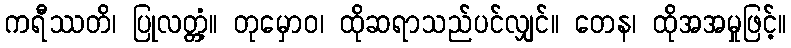
ကရီဿတိ၊ ပြုလတ္တံ့။ တုမှောဝ၊ ထိုဆရာသည်ပင်လျှင်။ တေန၊ ထိုအအမှုဖြင့်။